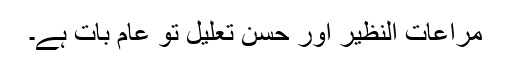
مراعات النظیر اور حُسن تعلیل تو عام بات ہے۔